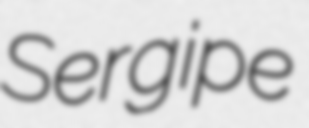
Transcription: Sergipe